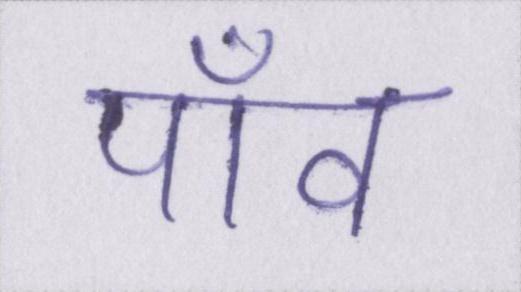
पाँव